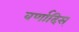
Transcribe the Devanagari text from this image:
वर्णादिस्‌